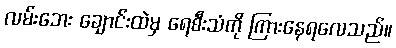
လမ်းဘေး ချောင်းထဲမှ ရေစီးသံကို ကြားနေရလေသည်။